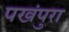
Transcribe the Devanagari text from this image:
पखंपुरा